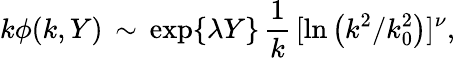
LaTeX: k\phi(k,Y)\, \sim\, \exp\{ \lambda Y\} \, {\frac{1}{k}}\, [\ln\left({k^{2}}/{k_{0}^{2}}\right)]^{\nu},